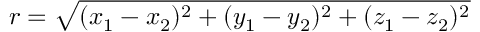
r = { \sqrt { ( x _ { 1 } - x _ { 2 } ) ^ { 2 } + ( y _ { 1 } - y _ { 2 } ) ^ { 2 } + ( z _ { 1 } - z _ { 2 } ) ^ { 2 } } }